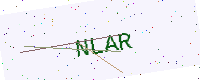
Text: NLAR